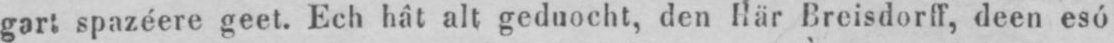
gart spazéere geet. Ech hât alt geduocht, den Här Breisdorff, deen esó